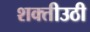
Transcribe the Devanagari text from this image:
शक्तीउठी